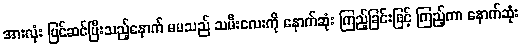
အားလုံး ပြင်ဆင်ပြီးသည့်နောက် မမသည် သမီးလေးကို နောက်ဆုံး ကြည့်ခြင်းဖြင့် ကြည့်ကာ နောက်ဆုံး